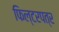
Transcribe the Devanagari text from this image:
फिल्टरपत्र